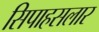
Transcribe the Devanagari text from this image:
सिपाहसलार